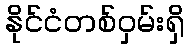
နိုင်ငံတစ်ဝှမ်းရှိ